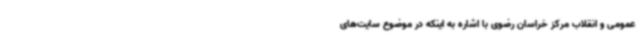
عمومی و انقلاب مرکز خراسان رضوی با اشاره به اینکه در موضوع سایت‌های